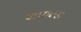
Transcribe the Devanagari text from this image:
शफल्ड